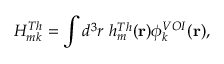
H _ { m k } ^ { T h } = \int d ^ { 3 } r ~ h _ { m } ^ { T h } ( \mathbf { r } ) \phi _ { k } ^ { V O I } ( \mathbf { r } ) ,